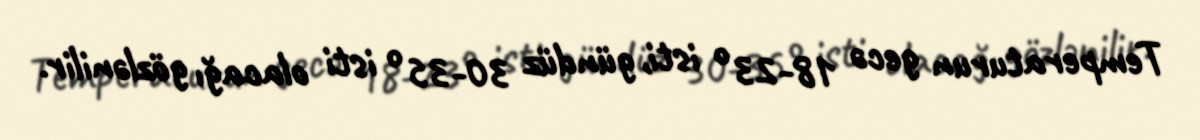
Temperaturun gecə 18-23° isti, gündüz 30-35° isti olacağı gözlənilir.